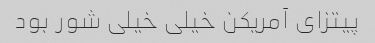
پیتزای آمریکن خیلی خیلی شور بود